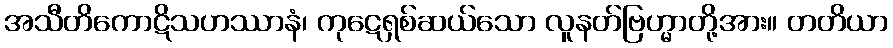
အသီတိကောဋိသဟဿာနံ၊ ကုဋေရှစ်ဆယ်သော လူနတ်ဗြဟ္မာတို့အား။ တတိယာ